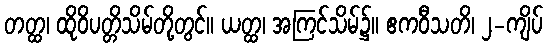
တတ္ထ၊ ထိုဝိပတ္တိသိမ်တို့တွင်။ ယတ္ထ၊ အကြင်သိမ်၌။ ဧကဝီသတိ၊ ၂-ကျိပ်